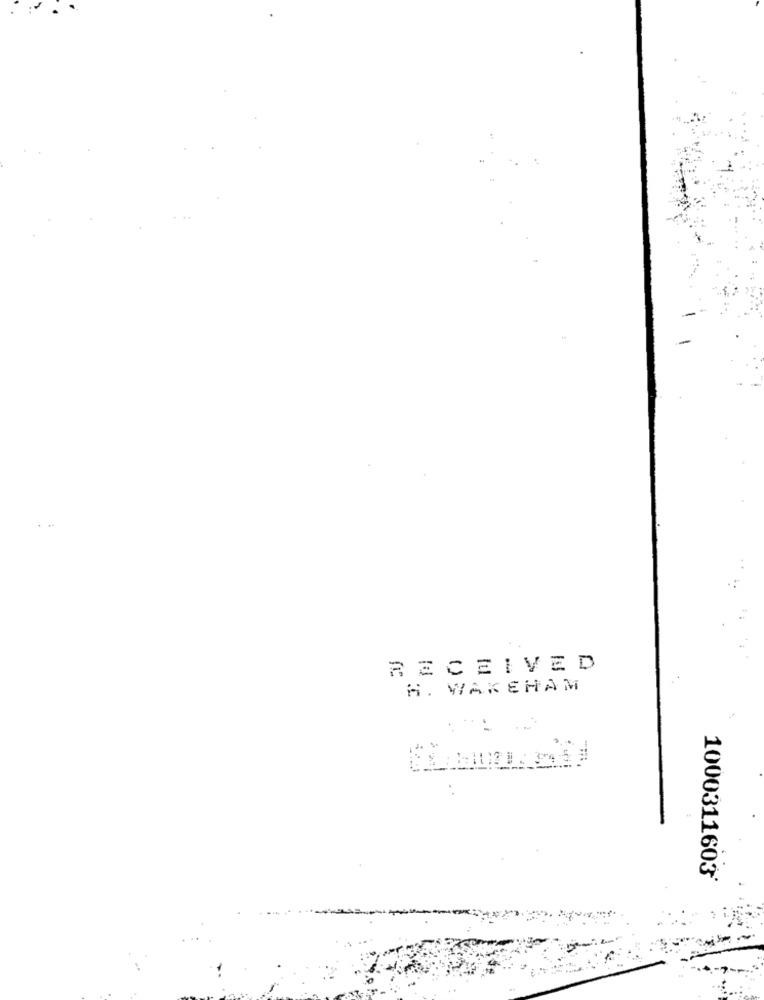
RECEIVED
A. WAKEHAM
1000311603